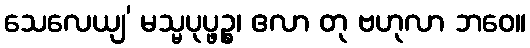
သေလေယျ’ မသ္မပုပ္ဖဉ္စ၊ ဧလာ တု ဗဟုလာ ဘဝေ။